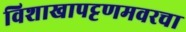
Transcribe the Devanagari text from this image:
विशाखापट्टणमवरचा